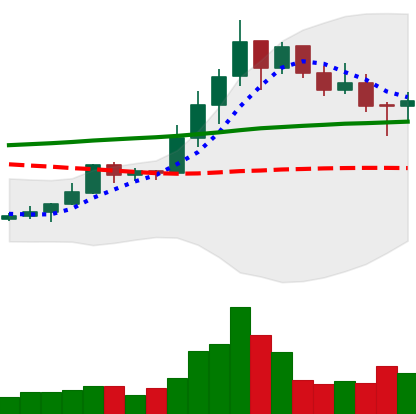
Ticker: LINK-USD
Chart end date: 2019-10-17
Forward return: 7.485%
Label: up_7plus